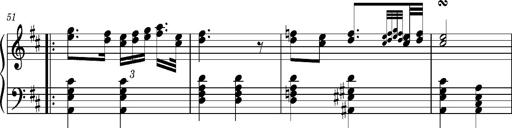
Title: Ungarischer Romanzero
Composer: Franz Liszt